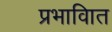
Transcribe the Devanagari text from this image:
प्रभावाित